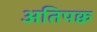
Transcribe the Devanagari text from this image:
अतिपक्व